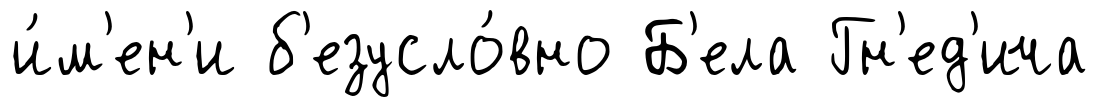
и́м'ен'и б'езусло́вно Б'ела Гн'ед'ича